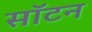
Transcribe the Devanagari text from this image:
सॉटन